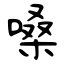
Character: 嗓